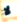
لا